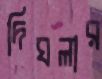
দিঘলার